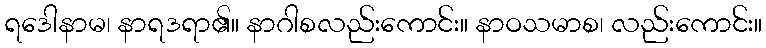
ရဒေါနာမ၊ နာရဒရာ၏။ နာဂါစလည်းကောင်း။ နာဝသမာစ၊ လည်းကောင်း။